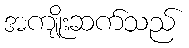
အကျိုးဆက်သည်